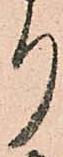
り